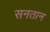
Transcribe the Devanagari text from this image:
सनतान